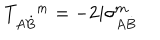
T _ { A \dot { B } } ^ { m } = - 2 i \sigma _ { A \dot { B } } ^ { m }